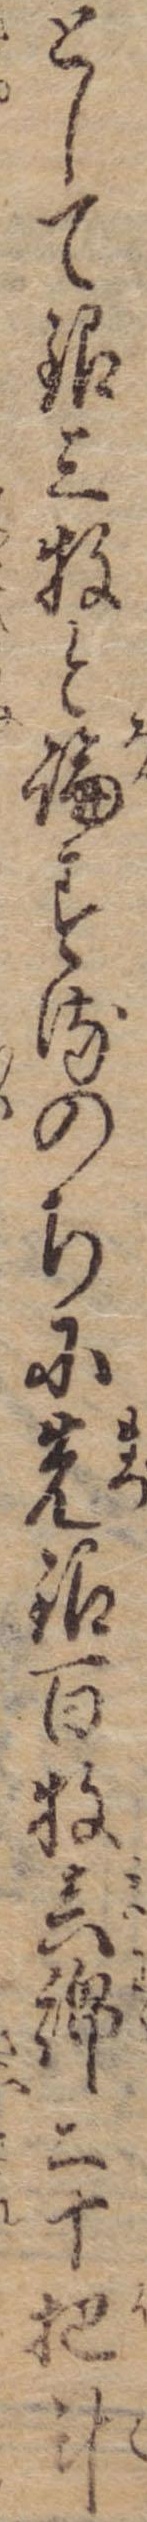
として銀三牧と論するのちに先銀百牧真綿二十把斗